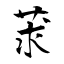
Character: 莍